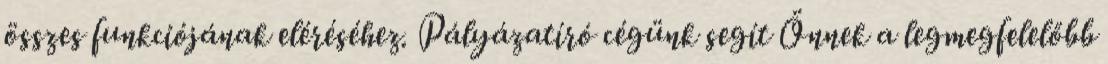
összes funkciójának eléréséhez. Pályázatíró cégünk segít Önnek a legmegfelelőbb